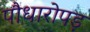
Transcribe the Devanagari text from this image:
पौधारोपड़